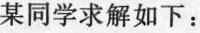
某同学求解如下：